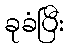
ခုခံပြီး